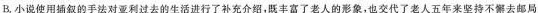
B.小说使用插叙的手法对亚利过去的生活进行了补充介绍，既丰富了老人的象，也交代了老人五年来坚持不懈去邮局